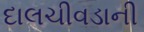
દાલચીવડાની